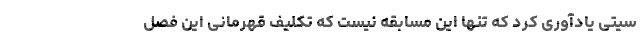
سیتی یادآوری کرد که تنها این مسابقه نیست که تکلیف قهرمانی این فصل